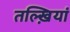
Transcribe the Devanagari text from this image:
तल्ख़ियां